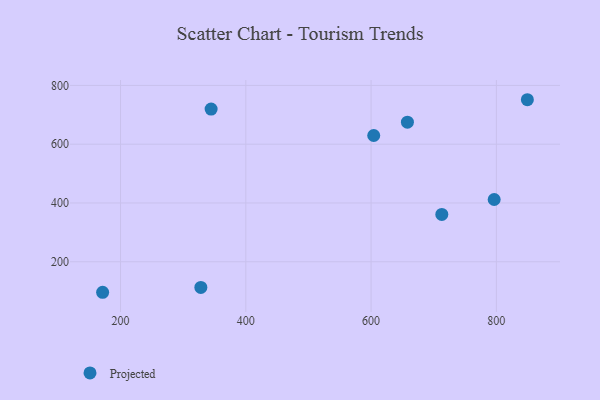
{"axis": {"x": "Price", "y": "Sales"}, "legend": ["Projected"], "data": [{"x": "658.0", "y": 674.9, "type": "Projected"}, {"x": "796.5", "y": 411.8, "type": "Projected"}, {"x": "328.2", "y": 112.7, "type": "Projected"}, {"x": "712.9", "y": 361.2, "type": "Projected"}, {"x": "171.4", "y": 96.2, "type": "Projected"}, {"x": "849.5", "y": 751.3, "type": "Projected"}, {"x": "604.2", "y": 629.6, "type": "Projected"}, {"x": "344.6", "y": 719.5, "type": "Projected"}]}